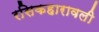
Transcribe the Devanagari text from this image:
रसिकहारावली